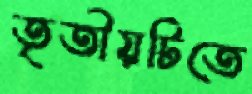
তৃতীয়টিতে